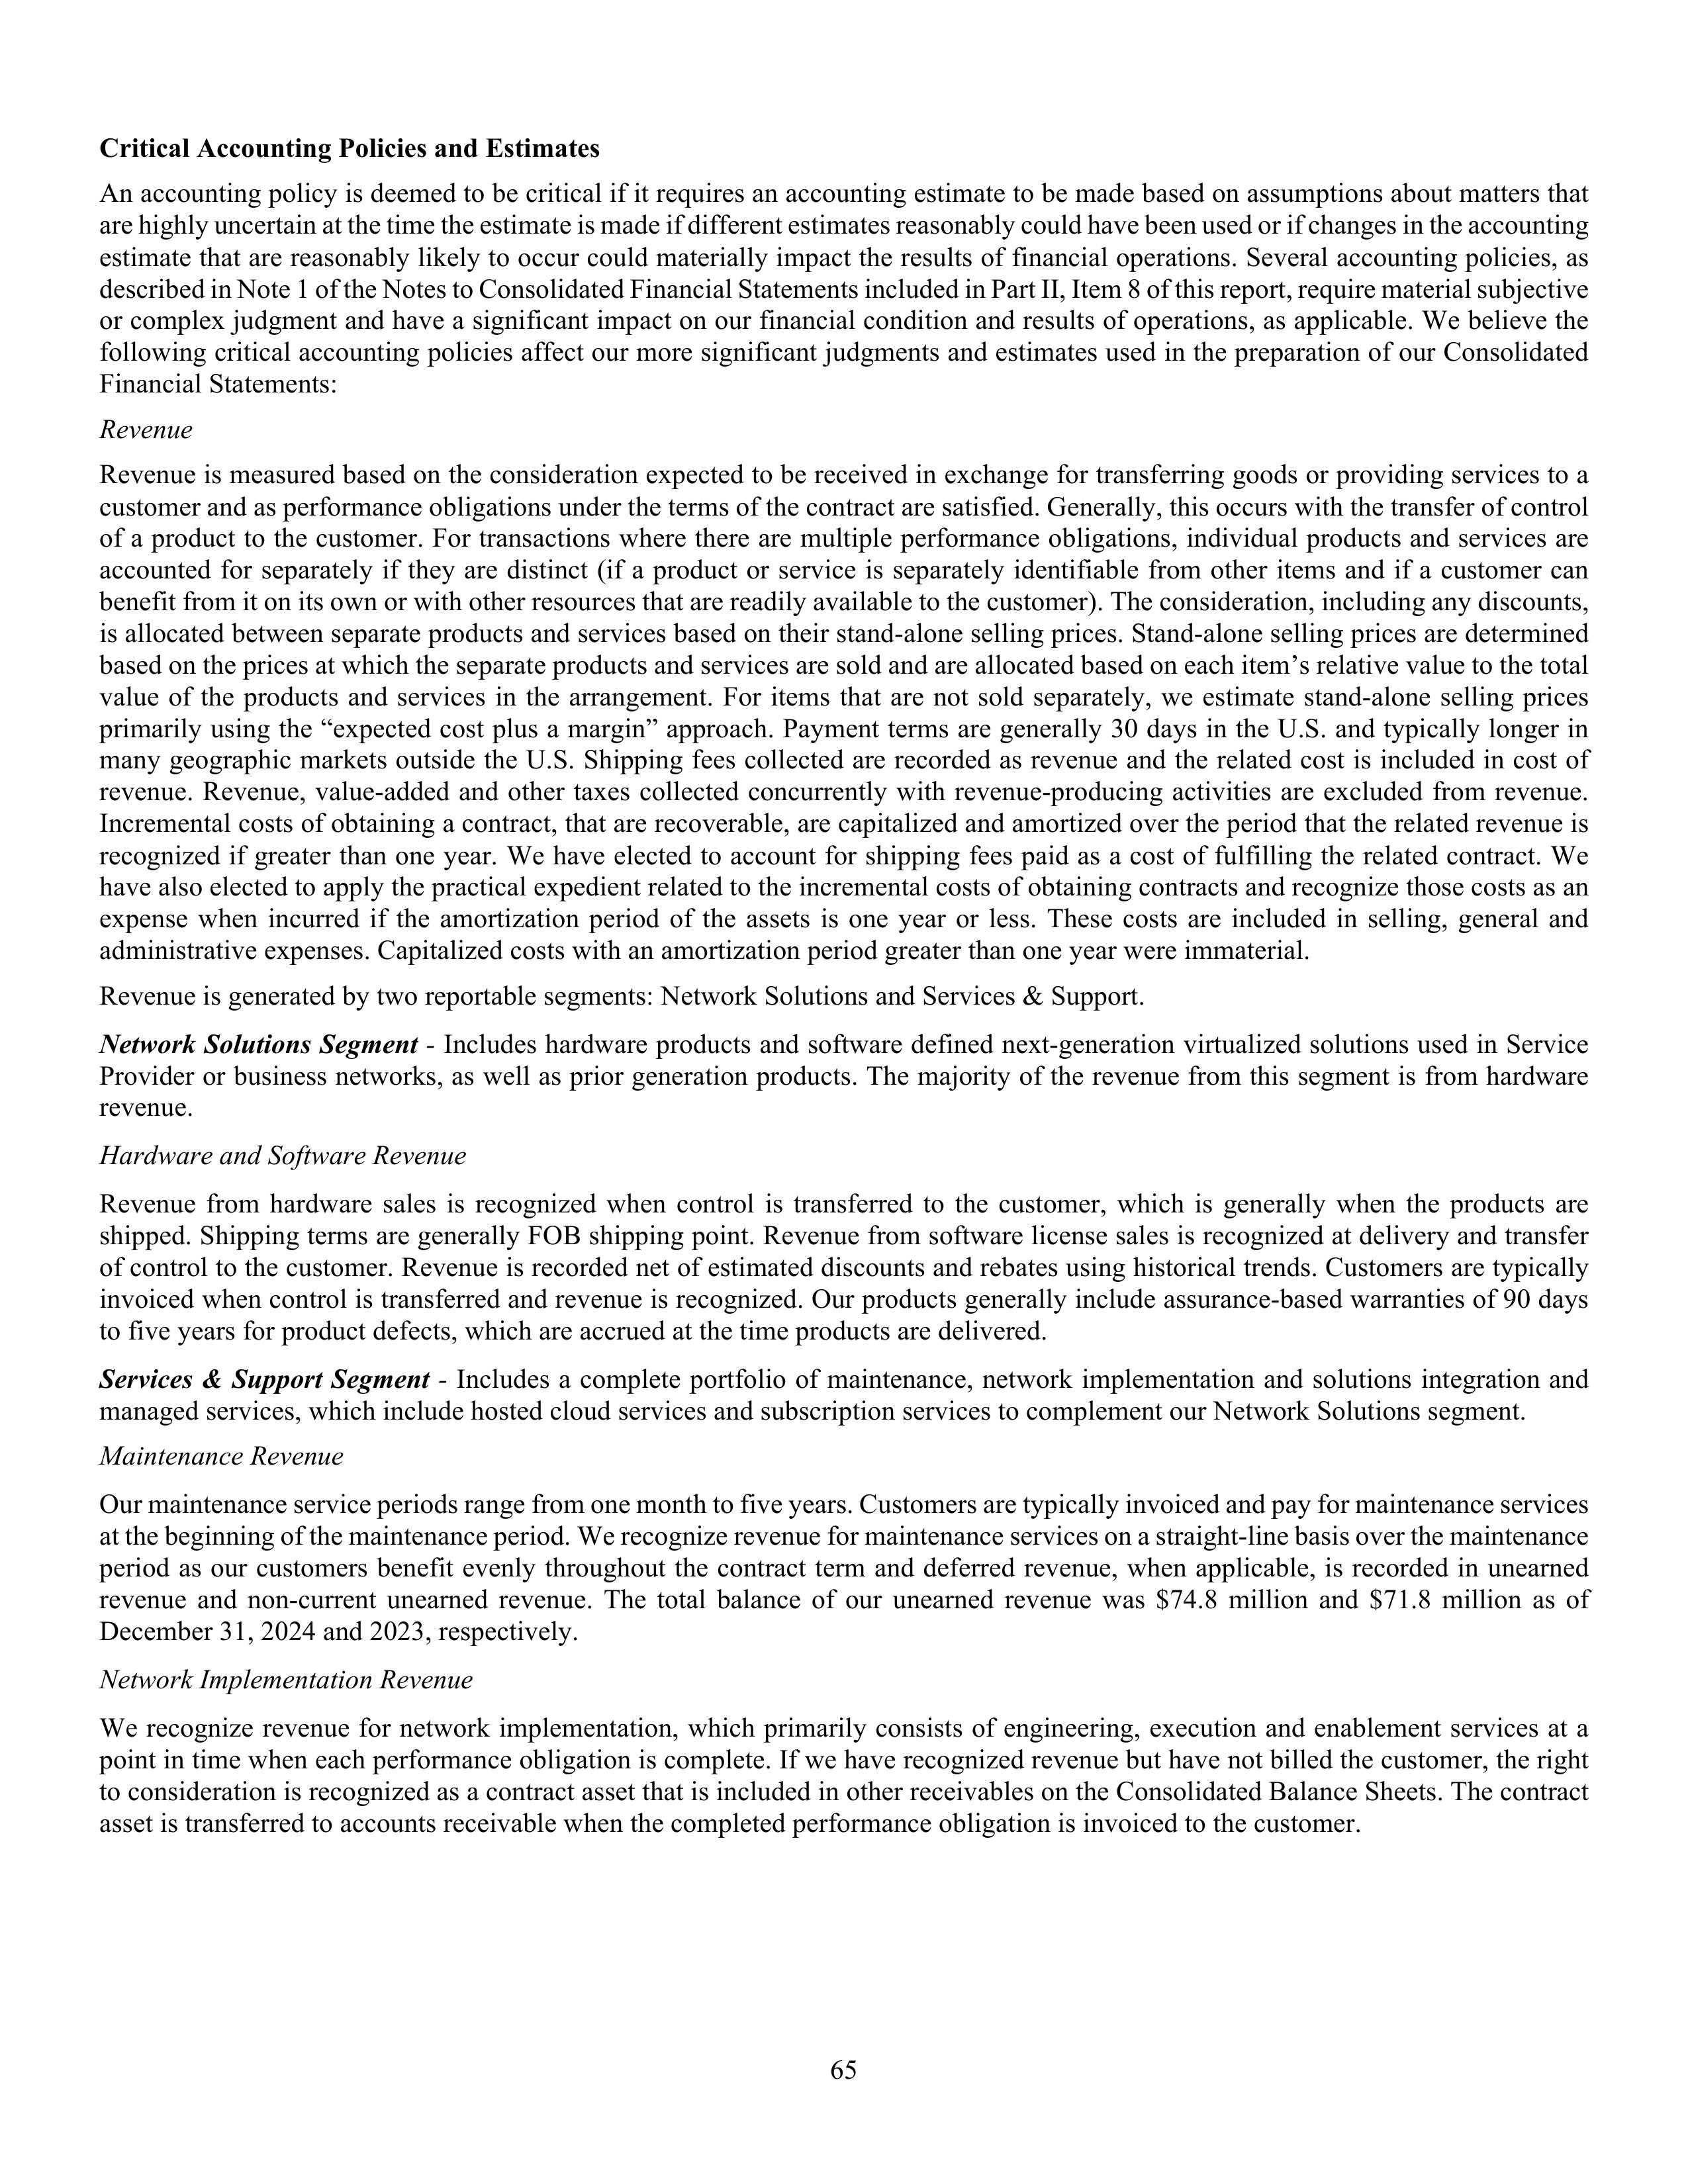
Critical Accounting Policies and Estimates

An accounting policy is deemed to be critical if it requires an accounting estimate to be made based on assumptions about matters that
are highly uncertain at the time the estimate is made if different estimates reasonably could have been used or if changes in the accounting
estimate that are reasonably likely to occur could materially impact the results of financial operations. Several accounting policies, as
described in Note 1 of the Notes to Consolidated Financial Statements included in Part II, Item 8 of this report, require material subjective
or complex judgment and have a significant impact on our financial condition and results of operations, as applicable. We believe the
following critical accounting policies affect our more significant judgments and estimates used in the preparation of our Consolidated
Financial Statements:

Revenue

Revenue is measured based on the consideration expected to be received in exchange for transferring goods or providing services to a
customer and as performance obligations under the terms of the contract are satisfied. Generally, this occurs with the transfer of control
of a product to the customer. For transactions where there are multiple performance obligations, individual products and services are
accounted for separately if they are distinct (if a product or service is separately identifiable from other items and if a customer can
benefit from it on its own or with other resources that are readily available to the customer). The consideration, including any discounts,
is allocated between separate products and services based on their stand-alone selling prices. Stand-alone selling prices are determined
based on the prices at which the separate products and services are sold and are allocated based on each item’s relative value to the total
value of the products and services in the arrangement. For items that are not sold separately, we estimate stand-alone selling prices
primarily using the “expected cost plus a margin” approach. Payment terms are generally 30 days in the U.S. and typically longer in
many geographic markets outside the U.S. Shipping fees collected are recorded as revenue and the related cost is included in cost of
revenue. Revenue, value-added and other taxes collected concurrently with revenue-producing activities are excluded from revenue.
Incremental costs of obtaining a contract, that are recoverable, are capitalized and amortized over the period that the related revenue is
recognized if greater than one year. We have elected to account for shipping fees paid as a cost of fulfilling the related contract. We
have also elected to apply the practical expedient related to the incremental costs of obtaining contracts and recognize those costs as an
expense when incurred if the amortization period of the assets is one year or less. These costs are included in selling, general and
administrative expenses. Capitalized costs with an amortization period greater than one year were immaterial.

Revenue is generated by two reportable segments: Network Solutions and Services & Support.

Network Solutions Segment - Includes hardware products and software defined next-generation virtualized solutions used in Service
Provider or business networks, as well as prior generation products. The majority of the revenue from this segment is from hardware
revenue.

Hardware and Software Revenue

Revenue from hardware sales is recognized when control is transferred to the customer, which is generally when the products are
shipped. Shipping terms are generally FOB shipping point. Revenue from software license sales is recognized at delivery and transfer
of control to the customer. Revenue is recorded net of estimated discounts and rebates using historical trends. Customers are typically
invoiced when control is transferred and revenue is recognized. Our products generally include assurance-based warranties of 90 days
to five years for product defects, which are accrued at the time products are delivered.

Services & Support Segment - Includes a complete portfolio of maintenance, network implementation and solutions integration and
managed services, which include hosted cloud services and subscription services to complement our Network Solutions segment.

Maintenance Revenue

Our maintenance service periods range from one month to five years. Customers are typically invoiced and pay for maintenance services
at the beginning of the maintenance period. We recognize revenue for maintenance services on a straight-line basis over the maintenance
period as our customers benefit evenly throughout the contract term and deferred revenue, when applicable, is recorded in unearned
revenue and non-current unearned revenue. The total balance of our unearned revenue was $74.8 million and $71.8 million as of
December 31, 2024 and 2023, respectively.

Network Implementation Revenue

We recognize revenue for network implementation, which primarily consists of engineering, execution and enablement services at a
point in time when each performance obligation is complete. If we have recognized revenue but have not billed the customer, the right
to consideration is recognized as a contract asset that is included in other receivables on the Consolidated Balance Sheets. The contract
asset is transferred to accounts receivable when the completed performance obligation is invoiced to the customer.

65